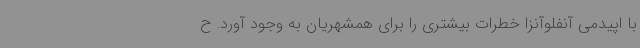
با اپیدمی آنفلوآنزا خطرات بیشتری را برای همشهریان به وجود آورد. ح